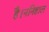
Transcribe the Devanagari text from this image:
है।ननिहाल